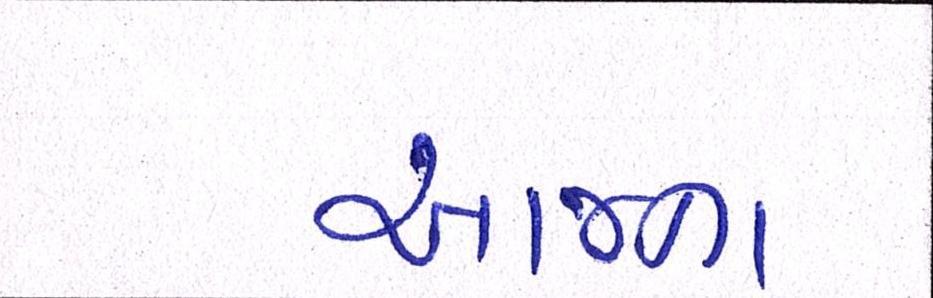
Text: આજના